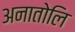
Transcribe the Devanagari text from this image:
अनातोलि